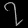
Digit: ၇